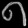
Digit: ၈